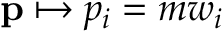
\mathbf { p } \mapsto p _ { i } = m w _ { i }